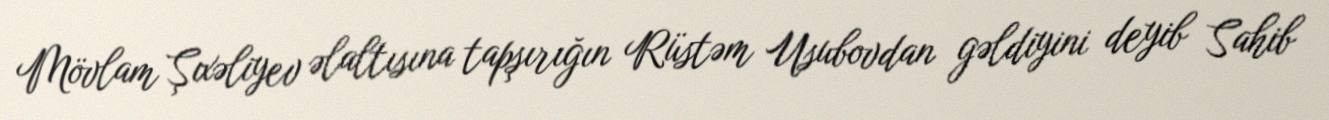
Mövlam Şıxəliyev əlaltısına tapşırığın Rüstəm Usubovdan gəldiyini deyib Sahib